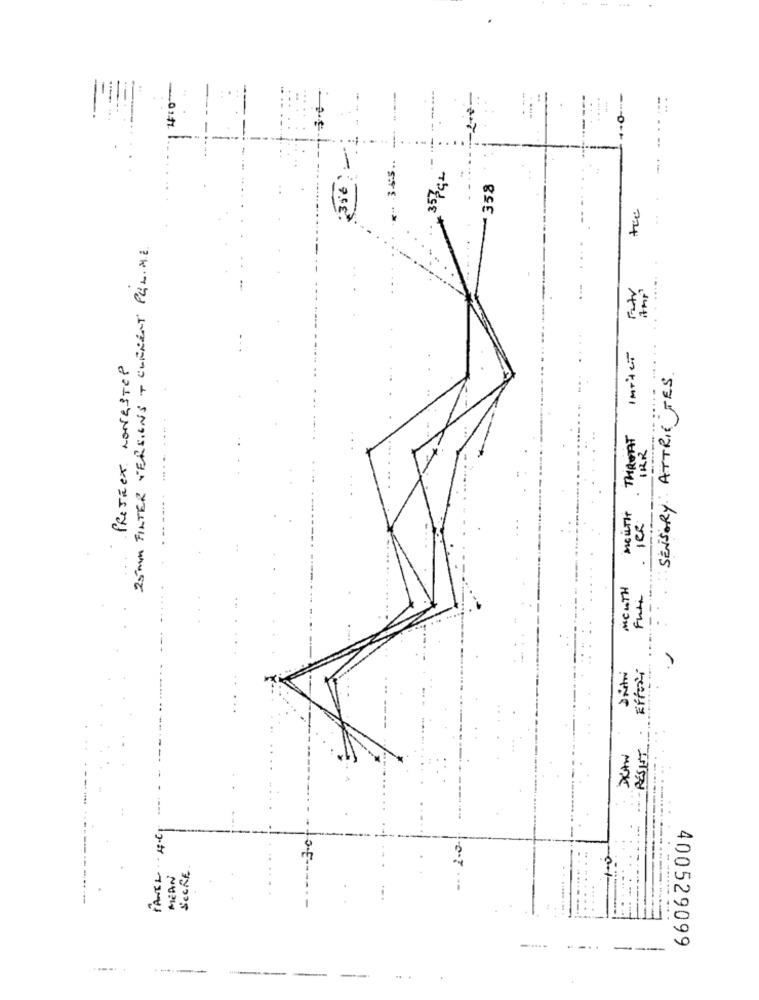
---
4:0-
.
35€
358
7
2.5 mm FILTER VERSIONS + CURRENT PLLIME
InTter
freJEex NONGSTOP
SENSORY ATTRIC TES
THROAT
IRR
MONTH
RESET
3.0
MEAN
SECRE
-..
400529099
----------